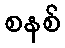
စနစ်